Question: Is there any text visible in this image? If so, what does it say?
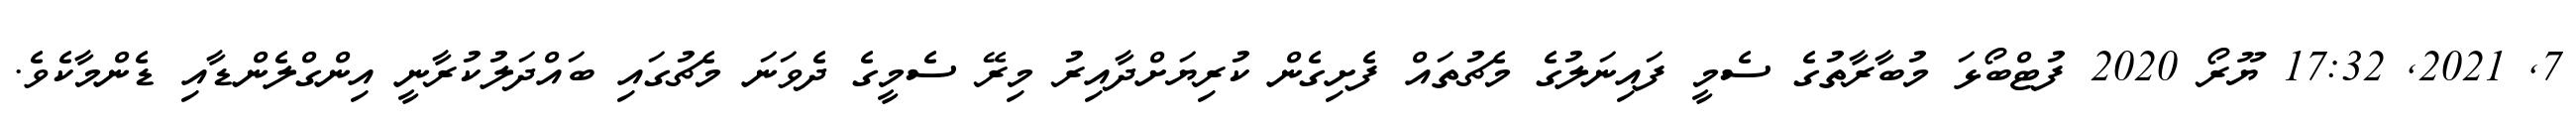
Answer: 7, 2021, 17:32 ޔޫރޯ 2020 ފުޓްބޯޅަ މުބާރާތުގެ ސެމީ ފައިނަލުގެ މެޗުތައް ފެށިގެން ކުރިޔަށްދާއިރު މިރޭ ސެމީގެ ދެވަނަ މެޗުގައި ބައްދަލުކުރާނީ އިންގްލެންޑާއި ޑެންމާކެވެ.